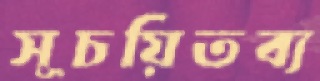
সূচয়িতব্য